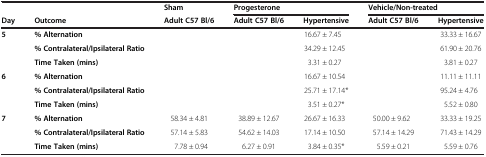
<table><thead><tr><td></td><td></td><td><b>Sham</b></td><td colspan="2"><b>Progesterone</b></td><td colspan="2"><b>Vehicle/Non-treated</b></td></tr><tr><td><b>Day</b></td><td><b>Outcome</b></td><td><b>Adult C57 Bl/6</b></td><td><b>Adult C57 Bl/6</b></td><td><b>Hypertensive</b></td><td><b>Adult C57 Bl/6</b></td><td><b>Hypertensive</b></td></tr></thead><tbody><tr><td><b>5</b></td><td><b>% Alternation</b></td><td></td><td></td><td>16.67 ± 7.45</td><td></td><td>33.33 ± 16.67</td></tr><tr><td></td><td><b>% Contralateral/Ipsilateral Ratio</b></td><td></td><td></td><td>34.29 ± 12.45</td><td></td><td>61.90 ± 20.76</td></tr><tr><td></td><td><b>Time Taken (mins)</b></td><td></td><td></td><td>3.31 ± 0.27</td><td></td><td>3.81 ± 0.27</td></tr><tr><td><b>6</b></td><td><b>% Alternation</b></td><td></td><td></td><td>16.67 ± 10.54</td><td></td><td>11.11 ± 11.11</td></tr><tr><td></td><td><b>% Contralateral/Ipsilateral Ratio</b></td><td></td><td></td><td>25.71 ± 17.14*</td><td></td><td>95.24 ± 4.76</td></tr><tr><td></td><td><b>Time Taken (mins)</b></td><td></td><td></td><td>3.51 ± 0.27*</td><td></td><td>5.52 ± 0.80</td></tr><tr><td><b>7</b></td><td><b>% Alternation</b></td><td>58.34 ± 4.81</td><td>38.89 ± 12.67</td><td>26.67 ± 16.33</td><td>50.00 ± 9.62</td><td>33.33 ± 19.25</td></tr><tr><td></td><td><b>% Contralateral/Ipsilateral Ratio</b></td><td>57.14 ± 5.83</td><td>54.62 ± 14.03</td><td>17.14 ± 10.50</td><td>57.14 ± 14.29</td><td>71.43 ± 14.29</td></tr><tr><td></td><td><b>Time Taken (mins)</b></td><td>7.78 ± 0.94</td><td>6.27 ± 0.91</td><td>3.84 ± 0.35*</td><td>5.59 ± 0.21</td><td>5.59 ± 0.76</td></tr></tbody></table>